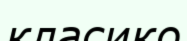
класико